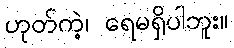
ဟုတ်ကဲ့၊ ရေမရှိပါဘူး။